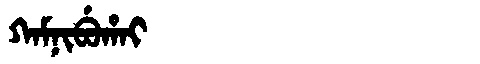
Manchu: ᡴᠠᠮᠨᡳᠪᡠᡥᠠᡳ
Romanization: KAMNIBUHAI